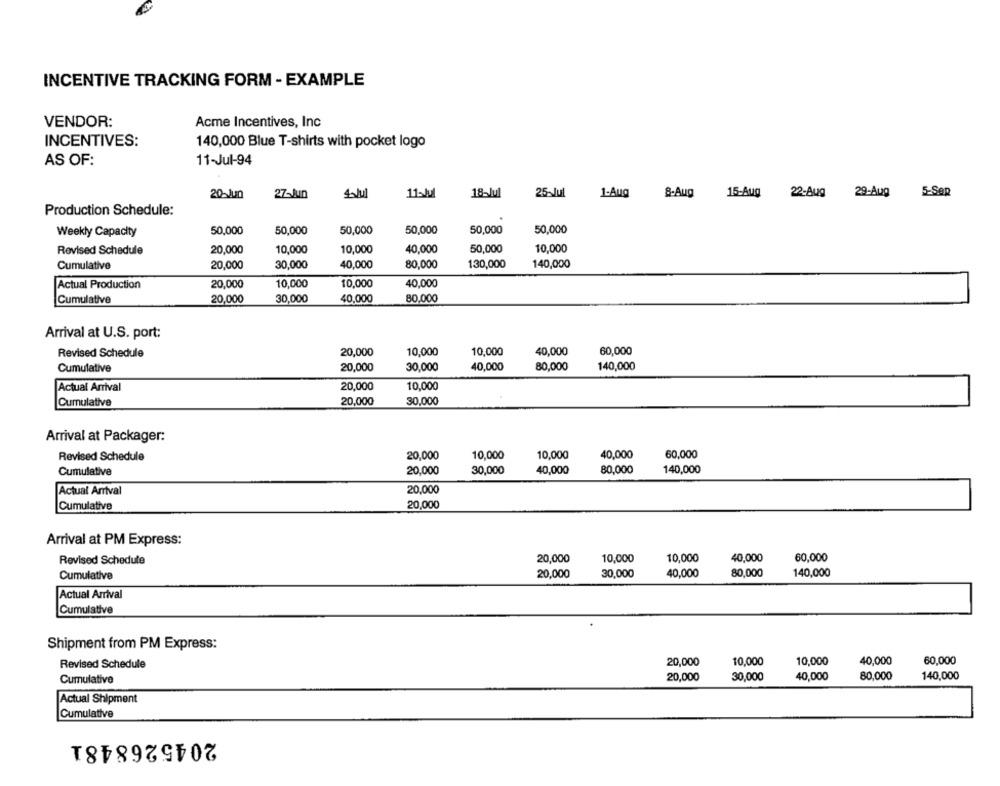
INCENTIVE TRACKING FORM - EXAMPLE
VENDOR:
Acme Incentives, Inc
INCENTIVES:
140,000 Blue T-shirts with pocket logo
AS OF:
11-Jul-94
20-Jun
27-Jun
4.Jul
11~Jul
18-Jul
25~Jul
1-Aug
8-Aug
15-Aug 22-Aug 29-Aug
5-Sep
Production Schedule:
50,000
50,000
Weekly Capacity
50,000
50,000
50,000
50,000
Revised Schedule
20,000
10,000
10,000
40,000
50,000
10,000
Cumulative
20,000
30,000
40,000
80,000
130,000
140,000
20,000
10,000
10,000
40,000
Actual Production
Cumulative
20,000
30,000
40,000
80,000
Arrival at U.S. port:
Revised Schedule
20,000
10,000
10,000
40,000
60,000
Cumulative
20,000
30,000
40,000
80,000
140,000
20,000
10,000
Actual Arrival
Cumulative
20,000
30,000
Arrival at Packager:
Revised Schedule
20,000
10,000
10,000
40,000
60,000
Cumulative
20,000
30,000
40,000
80,000
140,000
Actual Arrival
20,000
Cumulative
20,000
Arrival at PM Express:
20,000
10,000
10,000
40,000
60,000
Revised Schedule
Cumulative
20,000
30,000
40,000
80,000
140,000
Actual Arrival
Cumulative
Shipment from PM Express:
10,000
40,000
60,000
Revised Schedule
20,000
10,000
20,000
30,000
40,000
80,000
140,000
Cumulative
Actual Shipment
Cumulative
2045268481